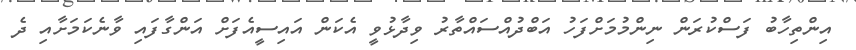
އިންތިހާބު ފަސްކުރަން ނިންމުމަށްފަހު އަބްދުއްސައްތާރު ވިދާޅުވީ އެކަން އައިސީއެފަށް އަންގާފައި ވާނެކަމަށާއި ދެ